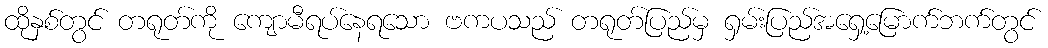
ထိုနှစ်တွင် တရုတ်ကို ကျောမီရပ်နေရသော ဗကပသည် တရုတ်ပြည်မှ ရှမ်းပြည်အရှေ့မြောက်ဘက်တွင်